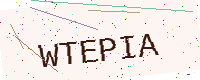
Text: WTEPIA